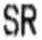
SR